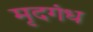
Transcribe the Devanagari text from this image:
मृदगंध